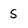
Character: s